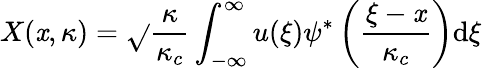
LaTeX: X(\mathit{x},\kappa)=\sqrt{}{{\frac{{\kappa}}{{\kappa_{c}}}}}\int_{-\infty}^{\infty}u(\xi)\psi^{*}\left(\frac{{\xi-\mathit{x}}}{{\kappa_{c}}}\right)\mathrm{{d}}\xi